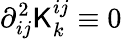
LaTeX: \partial_{ij}^{2}{\sf K}_{k}^{ij}\equiv 0